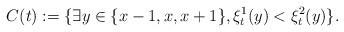
LaTeX: \begin{align*}C(t):=\{\exists y\in \{x-1,x,x+1\}, \xi^1_t(y)< \xi^2_t(y)\}.\end{align*}